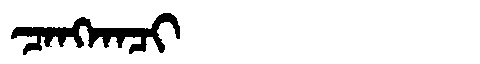
Manchu: ᠴᠠᠩᡴᠠᠴᡳ
Romanization: CANGKACI